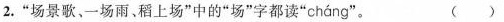
2.”场景歌、一场雨、稻上场”中的”场”字都读” cháng ”。 ( )